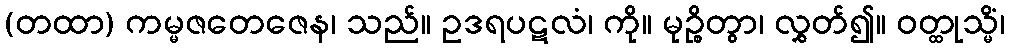
(တထာ) ကမ္မဇတေဇေန၊ သည်။ ဥဒရပဋလံ၊ ကို။ မုဉ္စိတွာ၊ လွှတ်၍။ ဝတ္ထုသ္မိံ၊